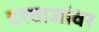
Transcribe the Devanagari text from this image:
दरवाजांवर